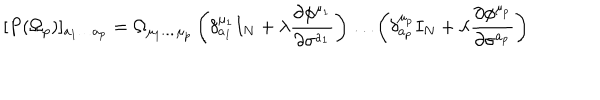
[ P ( \Omega _ { p } ) ] _ { a _ { 1 } \ldots a _ { p } } = \Omega _ { \mu _ { 1 } \ldots \mu _ { p } } \left( \delta _ { a _ { 1 } } ^ { \mu _ { 1 } } I _ { N } + \lambda \frac { \partial \phi ^ { \mu _ { 1 } } } { \partial \sigma ^ { a _ { 1 } } } \right) \ldots \left( \delta _ { a _ { p } } ^ { \mu _ { p } } I _ { N } + \lambda \frac { \partial \phi ^ { \mu _ { p } } } { \partial \sigma ^ { a _ { p } } } \right)